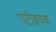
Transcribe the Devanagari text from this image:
पटोन्नायक